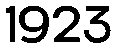
1923